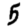
Digit: 5